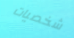
شخصيات